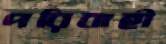
পরিবাহী